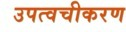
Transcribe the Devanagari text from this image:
उपत्वचीकरण